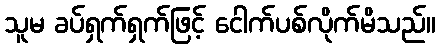
သူမ ခပ်ရှက်ရှက်ဖြင့် ငေါက်ပစ်လိုက်မိသည်။